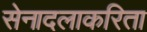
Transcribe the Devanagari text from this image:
सेनादलाकरिता